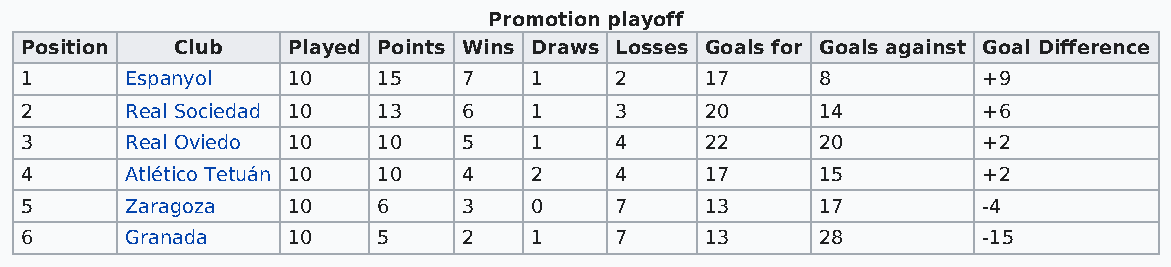
Promotion playoff
 Position   Club   Played Points Wins Draws Losses Goals for Goals against Goal Difference
 1      Espanyol   10    15    7   1     2     17     8          +9
 2      Real Sociedad 10 13    6   1     3     20     14         +6
 3      Real Oviedo 10   10    5   1     4     22     20         +2
 4      Atlético Tetuán 10 10  4   2     4     17     15         +2
 5      Zaragoza   10    6     3   0     7     13     17         -4
 6      Granada    10    5     2   1     7     13     28         -15